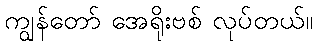
ကျွန်တော် အေရိုးဗစ် လုပ်တယ်။